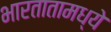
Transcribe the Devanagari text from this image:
भारतातामध्ये